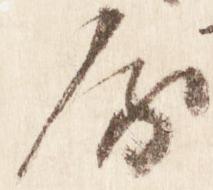
房